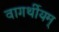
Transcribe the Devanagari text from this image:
वागर्थीयम्